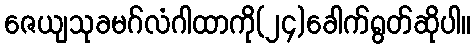
ဇေယျသုခမဂ်လံဂါထာကို(၂၄)ခေါက်ရွတ်ဆိုပါ။